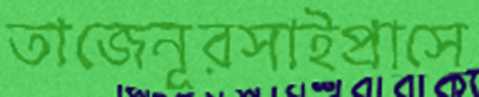
তাজেনূরসাইপ্রাসে